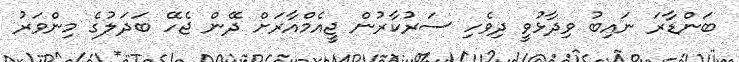
ބަންޑާރަ ނައިބު ވިދާޅުވީ ދިވެހި ސަރުކާރުން ޖީއެމްއާރަށް ދޭން ޖެހޭ ބަދަލުގެ މިންވަރު